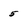
Character: 5